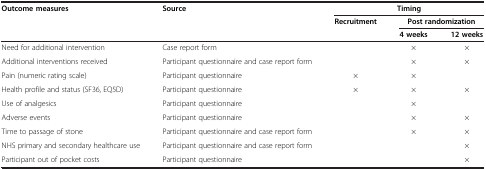
| <ROWSPAN=3> Outcome measures | <ROWSPAN=3> Source | <COLSPAN=3> Timing |
 | <ROWSPAN=2> Recruitment | <COLSPAN=2> Post randomization |
 | 4 weeks | 12 weeks |
 | --- | --- | --- | --- | --- |
 | Need for additional intervention | Case report form |  | × | × |
 | Additional interventions received | Participant questionnaire and case report form |  | × | × |
 | Pain (numeric rating scale) | Participant questionnaire | × | × |  |
 | Health profile and status (SF36, EQ5D) | Participant questionnaire | × | × | × |
 | Use of analgesics | Participant questionnaire |  | × |  |
 | Adverse events | Participant questionnaire |  | × | × |
 | Time to passage of stone | Participant questionnaire and case report form |  | × | × |
 | NHS primary and secondary healthcare use | Participant questionnaire and case report form |  |  | × |
 | Participant out of pocket costs | Participant questionnaire |  |  | × |